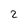
Character: 2